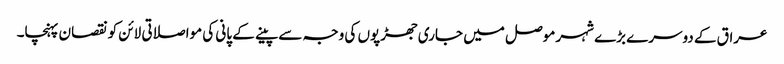
عراق کے دوسرے بڑے شہر موصل میں جاری جھڑپوں کی وجہ سے پینے کے پانی کی مواصلاتی لائن کو نقصان پہنچا۔